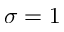
\sigma = 1